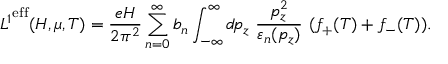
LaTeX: { { \cal L } ^ { 1 } } ^ { \mathrm { e f f } } ( H , \mu , T ) = \frac { e H } { 2 \pi ^ { 2 } } \sum _ { n = 0 } ^ { \infty } b _ { n } \int _ { - \infty } ^ { \infty } d \! p _ { z } { } ~ \frac { p _ { z } ^ { 2 } } { \varepsilon _ { n } ( p _ { z } ) } ~ ( f _ { + } ( T ) + f _ { - } ( T ) ) .